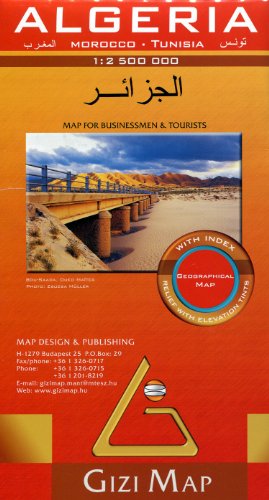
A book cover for Algeria, Morocco & Tunisia 1:2,500,000 Travel Map (Geographical) GIZI; Gizella Bassa; Travel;